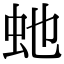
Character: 虵